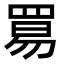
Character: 𬙢